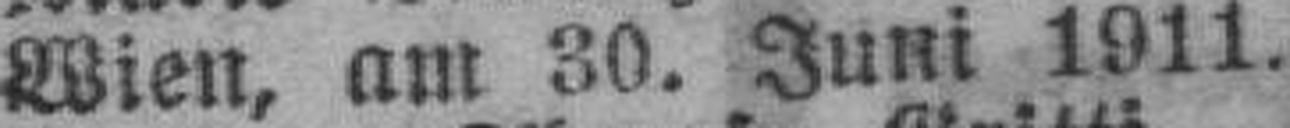
Wien, am 30. Juni 1911.